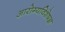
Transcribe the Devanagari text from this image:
आरोग्यविशेषज्ञ